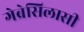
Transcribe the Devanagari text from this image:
गेब्रेसिलासी